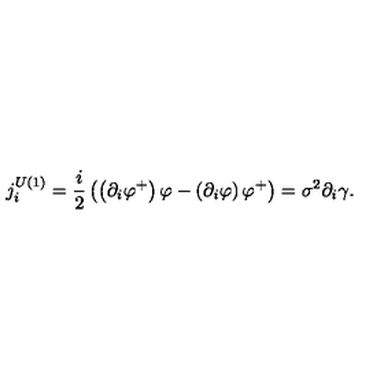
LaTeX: j _ { i } ^ { U ( 1 ) } = \frac { i } { 2 } \left( \left( \partial _ { i } \varphi ^ { + } \right) \varphi - \left( \partial _ { i } \varphi \right) \varphi ^ { + } \right) = \sigma ^ { 2 } \partial _ { i } \gamma \mathrm { . }